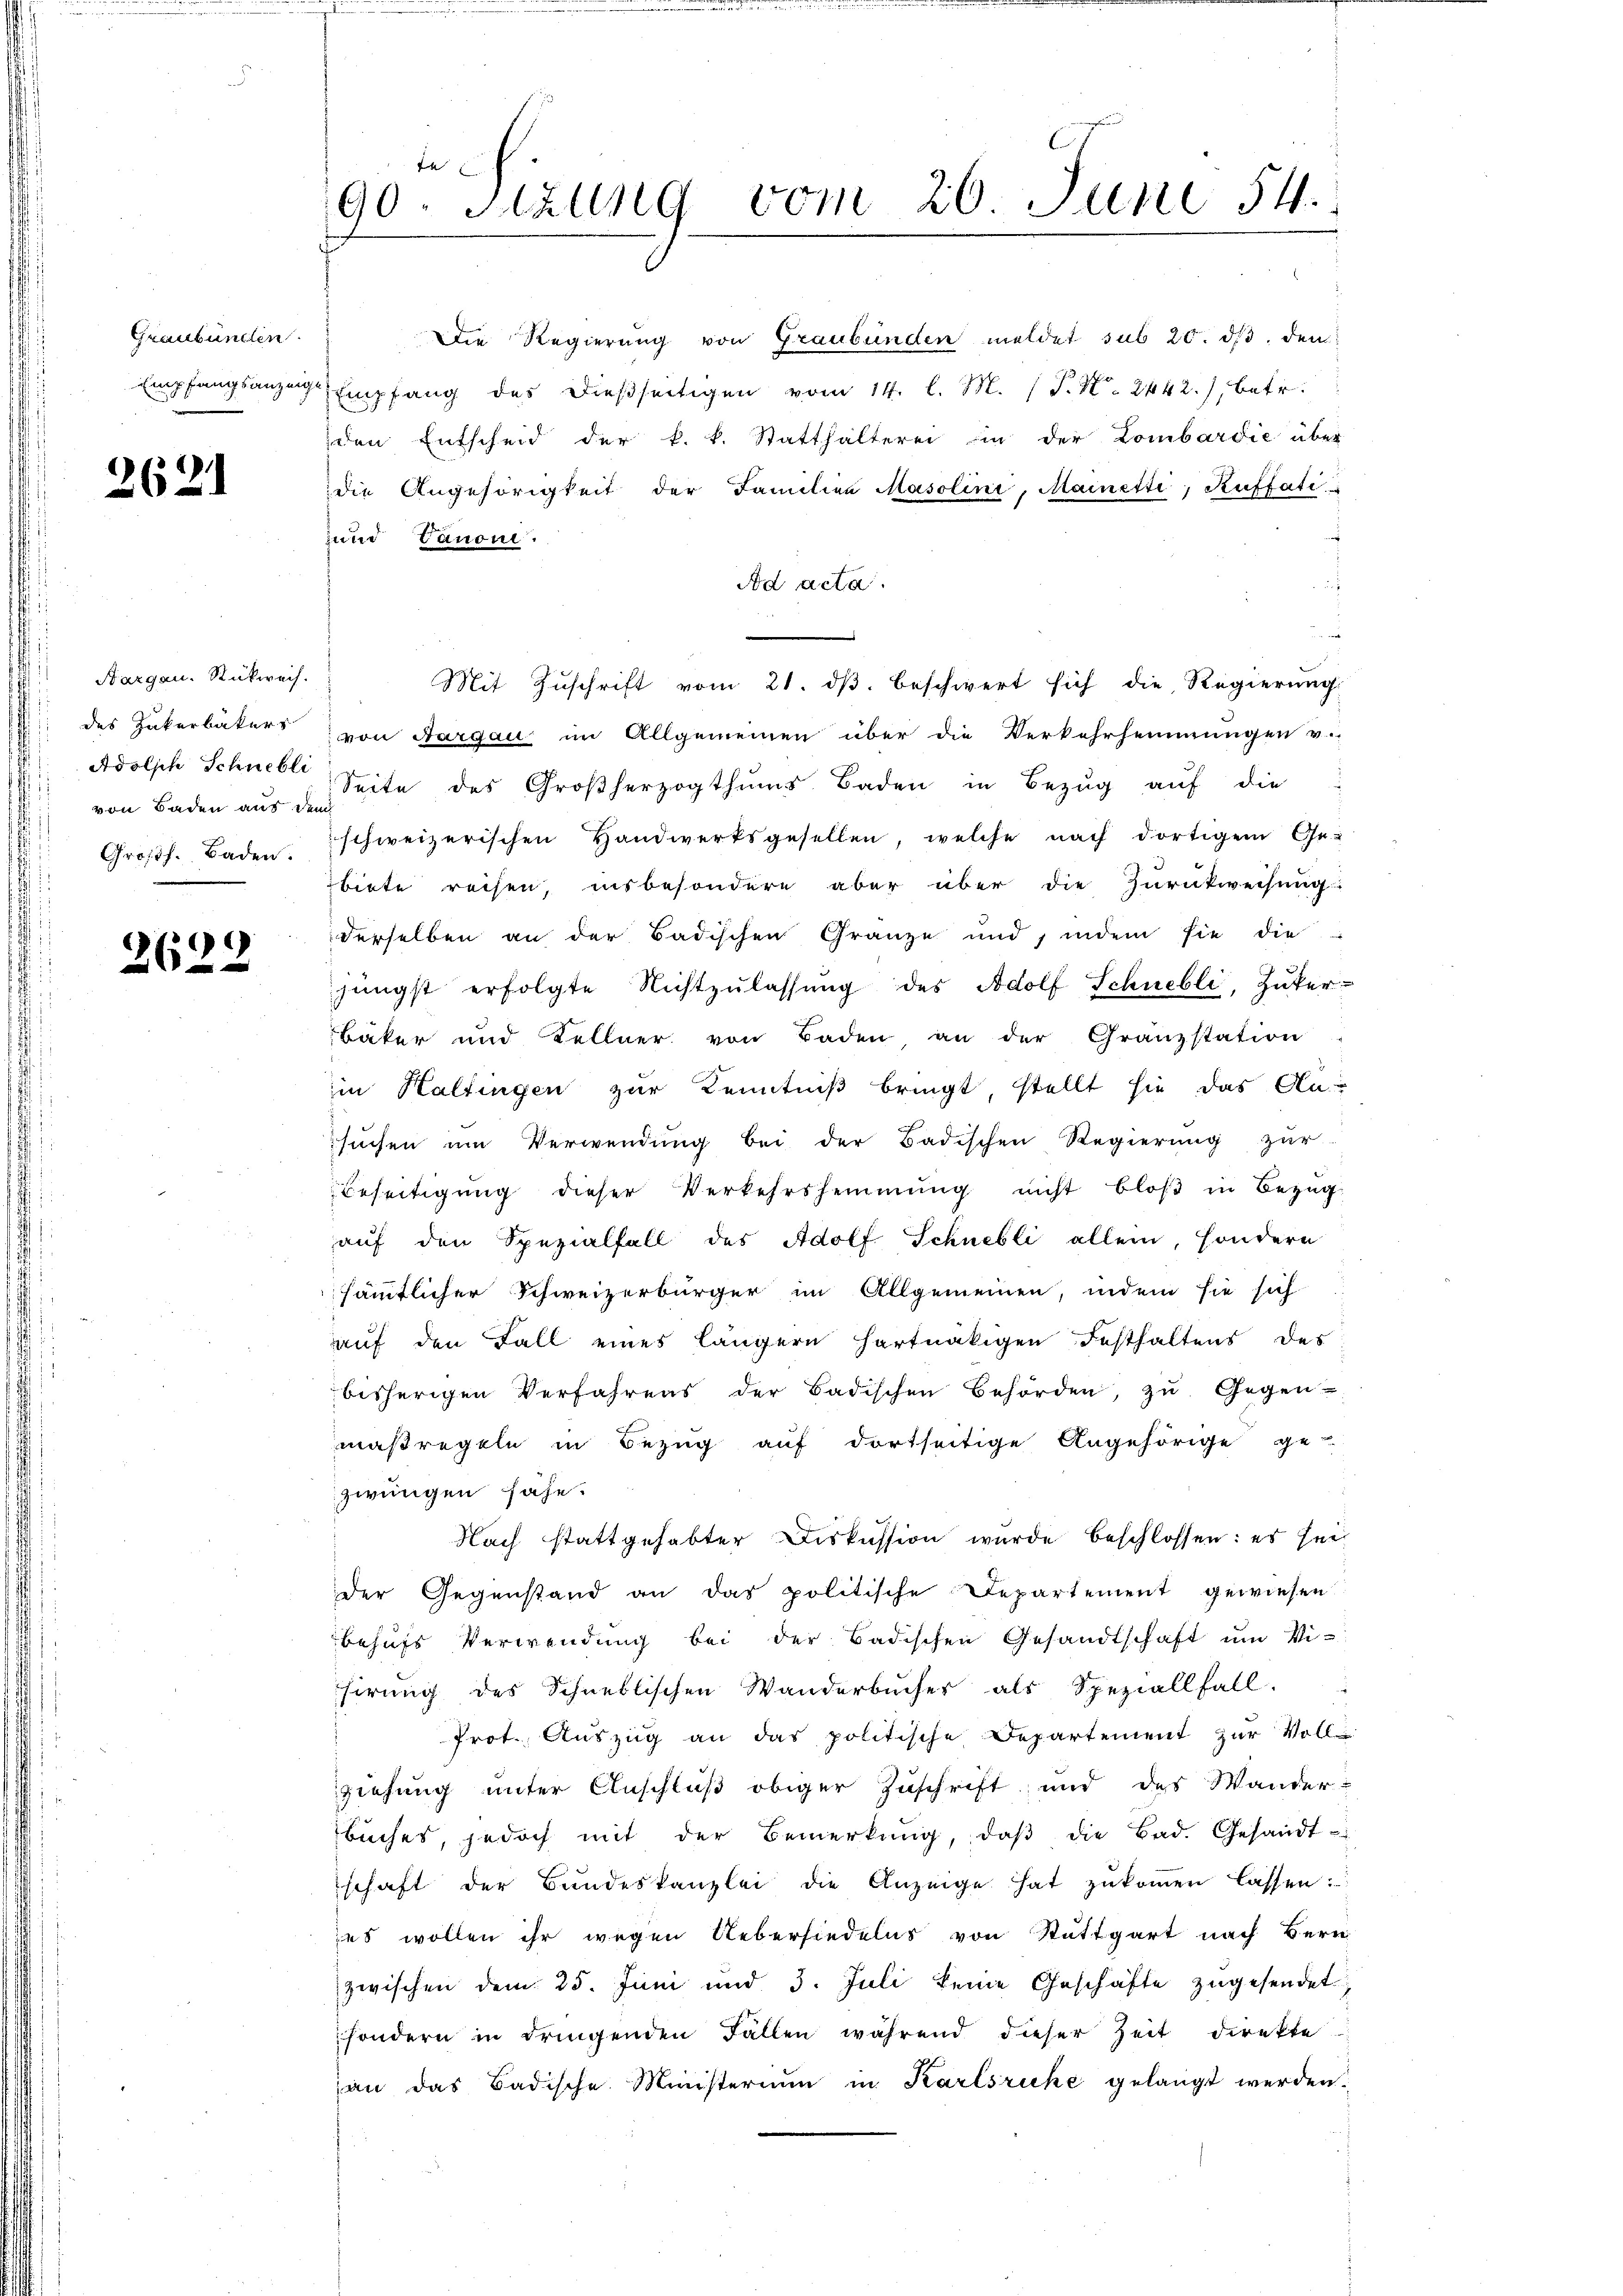
Graubünden.
Empfangsanzen

2621

Aargau. Rückweis
des Zakerbäkers
von Baden aus dem
Gross. Baden.

2622

ta
90. Sitzung vom 26. Juni 54.

Die Regierung von Graubünden meldet sub 20. ds. dem
2 Empfang des dießseitigen vom 14. l. M. (T. N. 2442), betr.
den Entscheid der k. k. Statthalterei in der Lombardić über
die Angehörigkeit der Familien Masolini, Mainetti, Küffati
und Panoni
Ad acta.
Mit Zuschrift vom 21. ds. beschwert sich die Regierung
von Aargau im Allgemeinen über die Verkehrheimmungen v.
Adolph Schnell Seite des Großherzogthums Baden in Bezŭg aŭf die
schweizerischen Handwerksgesellen, welche nach dortigem Ge-
biete reisen, insbesondere aber über die Zurückweisung:
derselben an der Badischen Gränze und, indem sie die
jüngst erfolgte Nichtzŭlassŭng des Adolf Schnebli, Zuker
Bäker und Fellner von Baden an der Granzstation
in Haltingen zur Kenntniß bringt stellt sie das An-
sŭchen um Verwendŭng bei der Badischen Regierŭng zŭr
Beseitigŭng dieser Verkehrshemmung nicht bloβ in Bezŭg.
auf den Spezialfall des Adolf Schnelli allein, sondern
sämmtlicher Schweizerbürger im Allgemeinen, indem sie sich
auf den Fall eines längern hartnäckigen Festhaltens des
bisherigen Verfahrens der Badischen Behörden, zŭ Gegen-
maßregeln in Bezug auf dortseitige Angehörige ge-
zwungen fähe.
Nach stattgehabter Diskussion wurde beschlossen: es sei
der Gegenstand an das politische Departement gewiesen
behufs Verwendung bei der Badischen Gesandtschaft um Vifirŭng des Schnellischen Wanderbŭcher als Speziallfall.
Prot. Auszug an das politische Departement zur Voll
ziehung unter Anschluß obiger Zuschrift und des Wander-
bŭches, jedoch mit der Bemerkŭng, daβ die Bad. Gesandt-
schaft der Bŭndeskanzlei die Anzeige hat zŭkoṁen lassen:
jes wollen ihr wegen Uebersiedelns von Stuttgart nach Bern
zwischen dem 25. Juni und 3. Juli keine Geschäfte zugesendet,
sondern in dringenden Fällen während dieser Zeit direkte
an das Badische Ministerium in Karlsruhe gelangt werden.